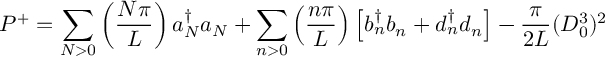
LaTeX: P ^ { + } = \sum _ { N > 0 } \left( { \frac { N \pi } { L } } \right) a { _ N ^ { \dagger } } a _ { N } + \sum _ { n > 0 } \left( { \frac { n \pi } { L } } \right) \left[ b { _ n ^ { \dagger } } b _ { n } + d { _ n ^ { \dagger } } d _ { n } \right] - { \frac { \pi } { 2 L } } ( D _ { 0 } ^ { 3 } ) ^ { 2 }